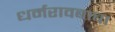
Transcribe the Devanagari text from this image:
धर्मरावबाबा